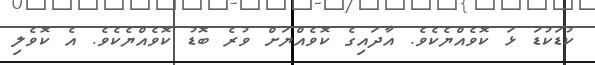
ކުޑަކުޑަ ޅަ ކޮވެއްޔެކެވެ. އާދައިގެ ކޮވެއްޔަށް ވުރެ ބޮޑު ކޮވެއްޔެކެވެ. އެ ކޮވެލި